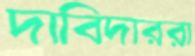
দাবিদাররা